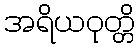
အရိယဝုတ္တိ